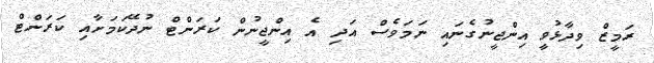
ރަމީޒް ވިދާޅުވީ އިންޖީނުގެނައި ނަމަވެސް އަދި އެ އިންޖީނުން ކަރަންޓް ނުދޭކަމަށާއި ކަރަންޓް